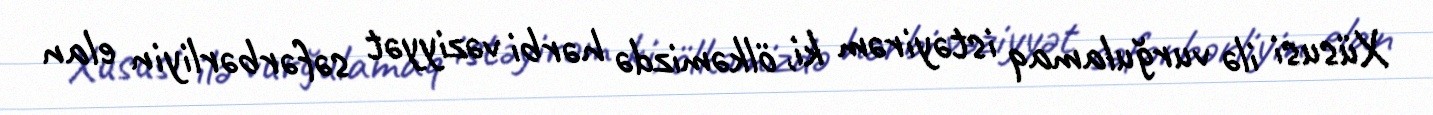
Xüsusi ilə vurğulamaq istəyirəm ki, ölkəmizdə hərbi vəziyyət səfərbərliyin elan